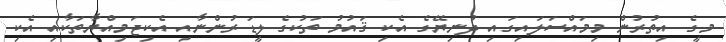
މީގެ އިތުރުން މިމައްސަލައިގައި ދުނިޔޭގެ އެކި ޤައުމު ތަކުގެ ލީޑަރުންނާއި އެކިޖަމިއްޔާތަކާއި އެކި